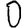
Digit: 0